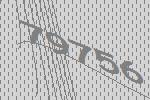
79756